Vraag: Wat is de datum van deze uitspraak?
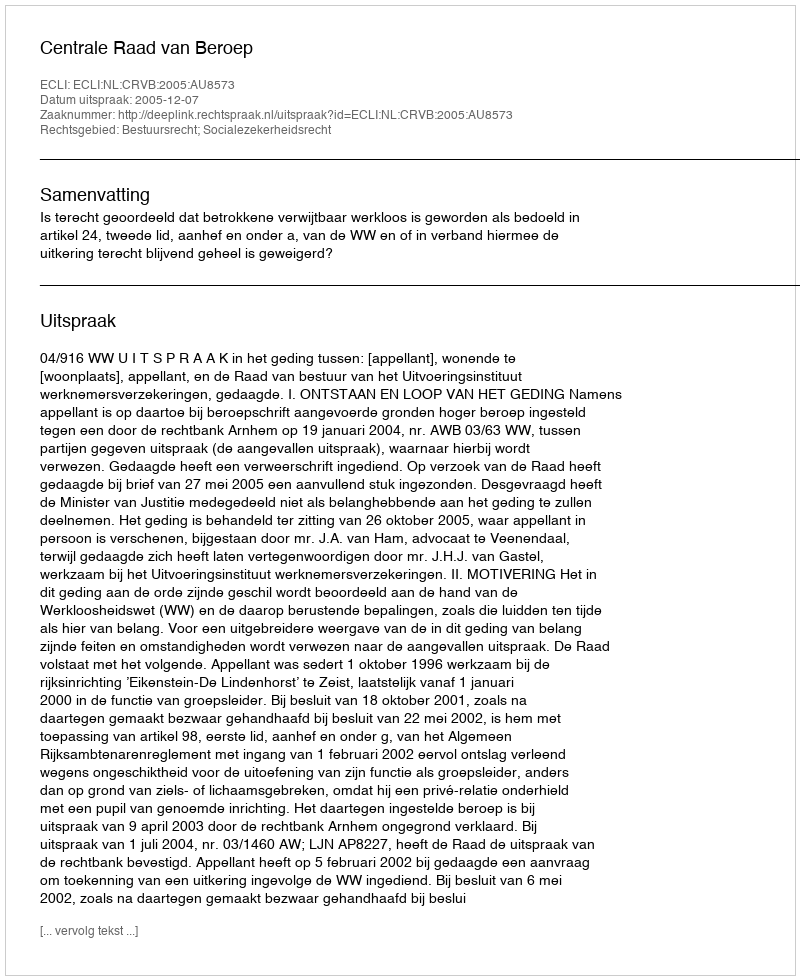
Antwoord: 2005-12-07